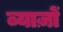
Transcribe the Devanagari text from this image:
ब्याज़ों